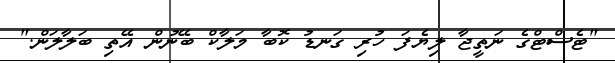
"ޓެސްޓްގެ ނަތީޖާ ލިޔެފަ ހުރި ގަނޑު ކޮބާ މަލާކް ބޭނުން އޭތި ބަލާލަން."